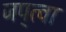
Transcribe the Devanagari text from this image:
जप्‌त्वा